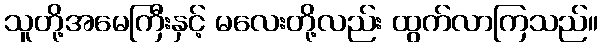
သူတို့အမေကြီးနှင့် မလေးတို့လည်း ထွက်လာကြသည်။